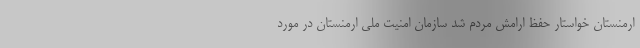
ارمنستان خواستار حفظ ارامش مردم شد سازمان امنیت ملی ارمنستان در مورد